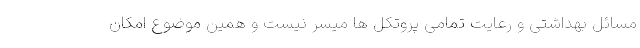
مسائل بهداشتی و رعایت تمامی پروتکل ها میسر نیست و همین موضوع امکان